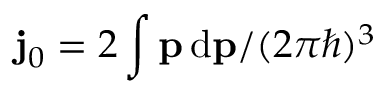
\ensuremath { \mathbf { j } _ { 0 } } = 2 \int \mathbf { p } \, \mathrm { d } \mathbf { p } / ( 2 \pi \hbar ) ^ { 3 }